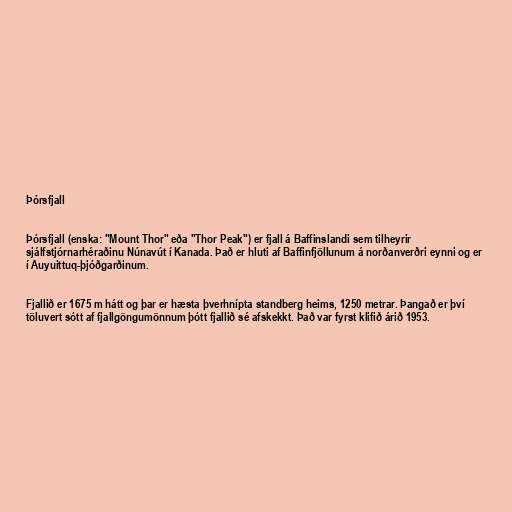
Þórsfjall

Þórsfjall (enska: "Mount Thor" eða "Thor Peak") er fjall á Baffinslandi sem tilheyrir
sjálfstjórnarhéraðinu Núnavút í Kanada. Það er hluti af Baffinfjöllunum á norðanverðri eynni og er
í Auyuittuq-þjóðgarðinum.

Fjallið er 1675 m hátt og þar er hæsta þverhnípta standberg heims, 1250 metrar. Þangað er því
töluvert sótt af fjallgöngumönnum þótt fjallið sé afskekkt. Það var fyrst klifið árið 1953.